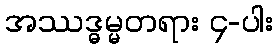
အဿဒ္ဓမ္မတရား ၄-ပါး